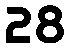
28